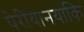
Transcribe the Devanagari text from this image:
पेरीयानयाकि